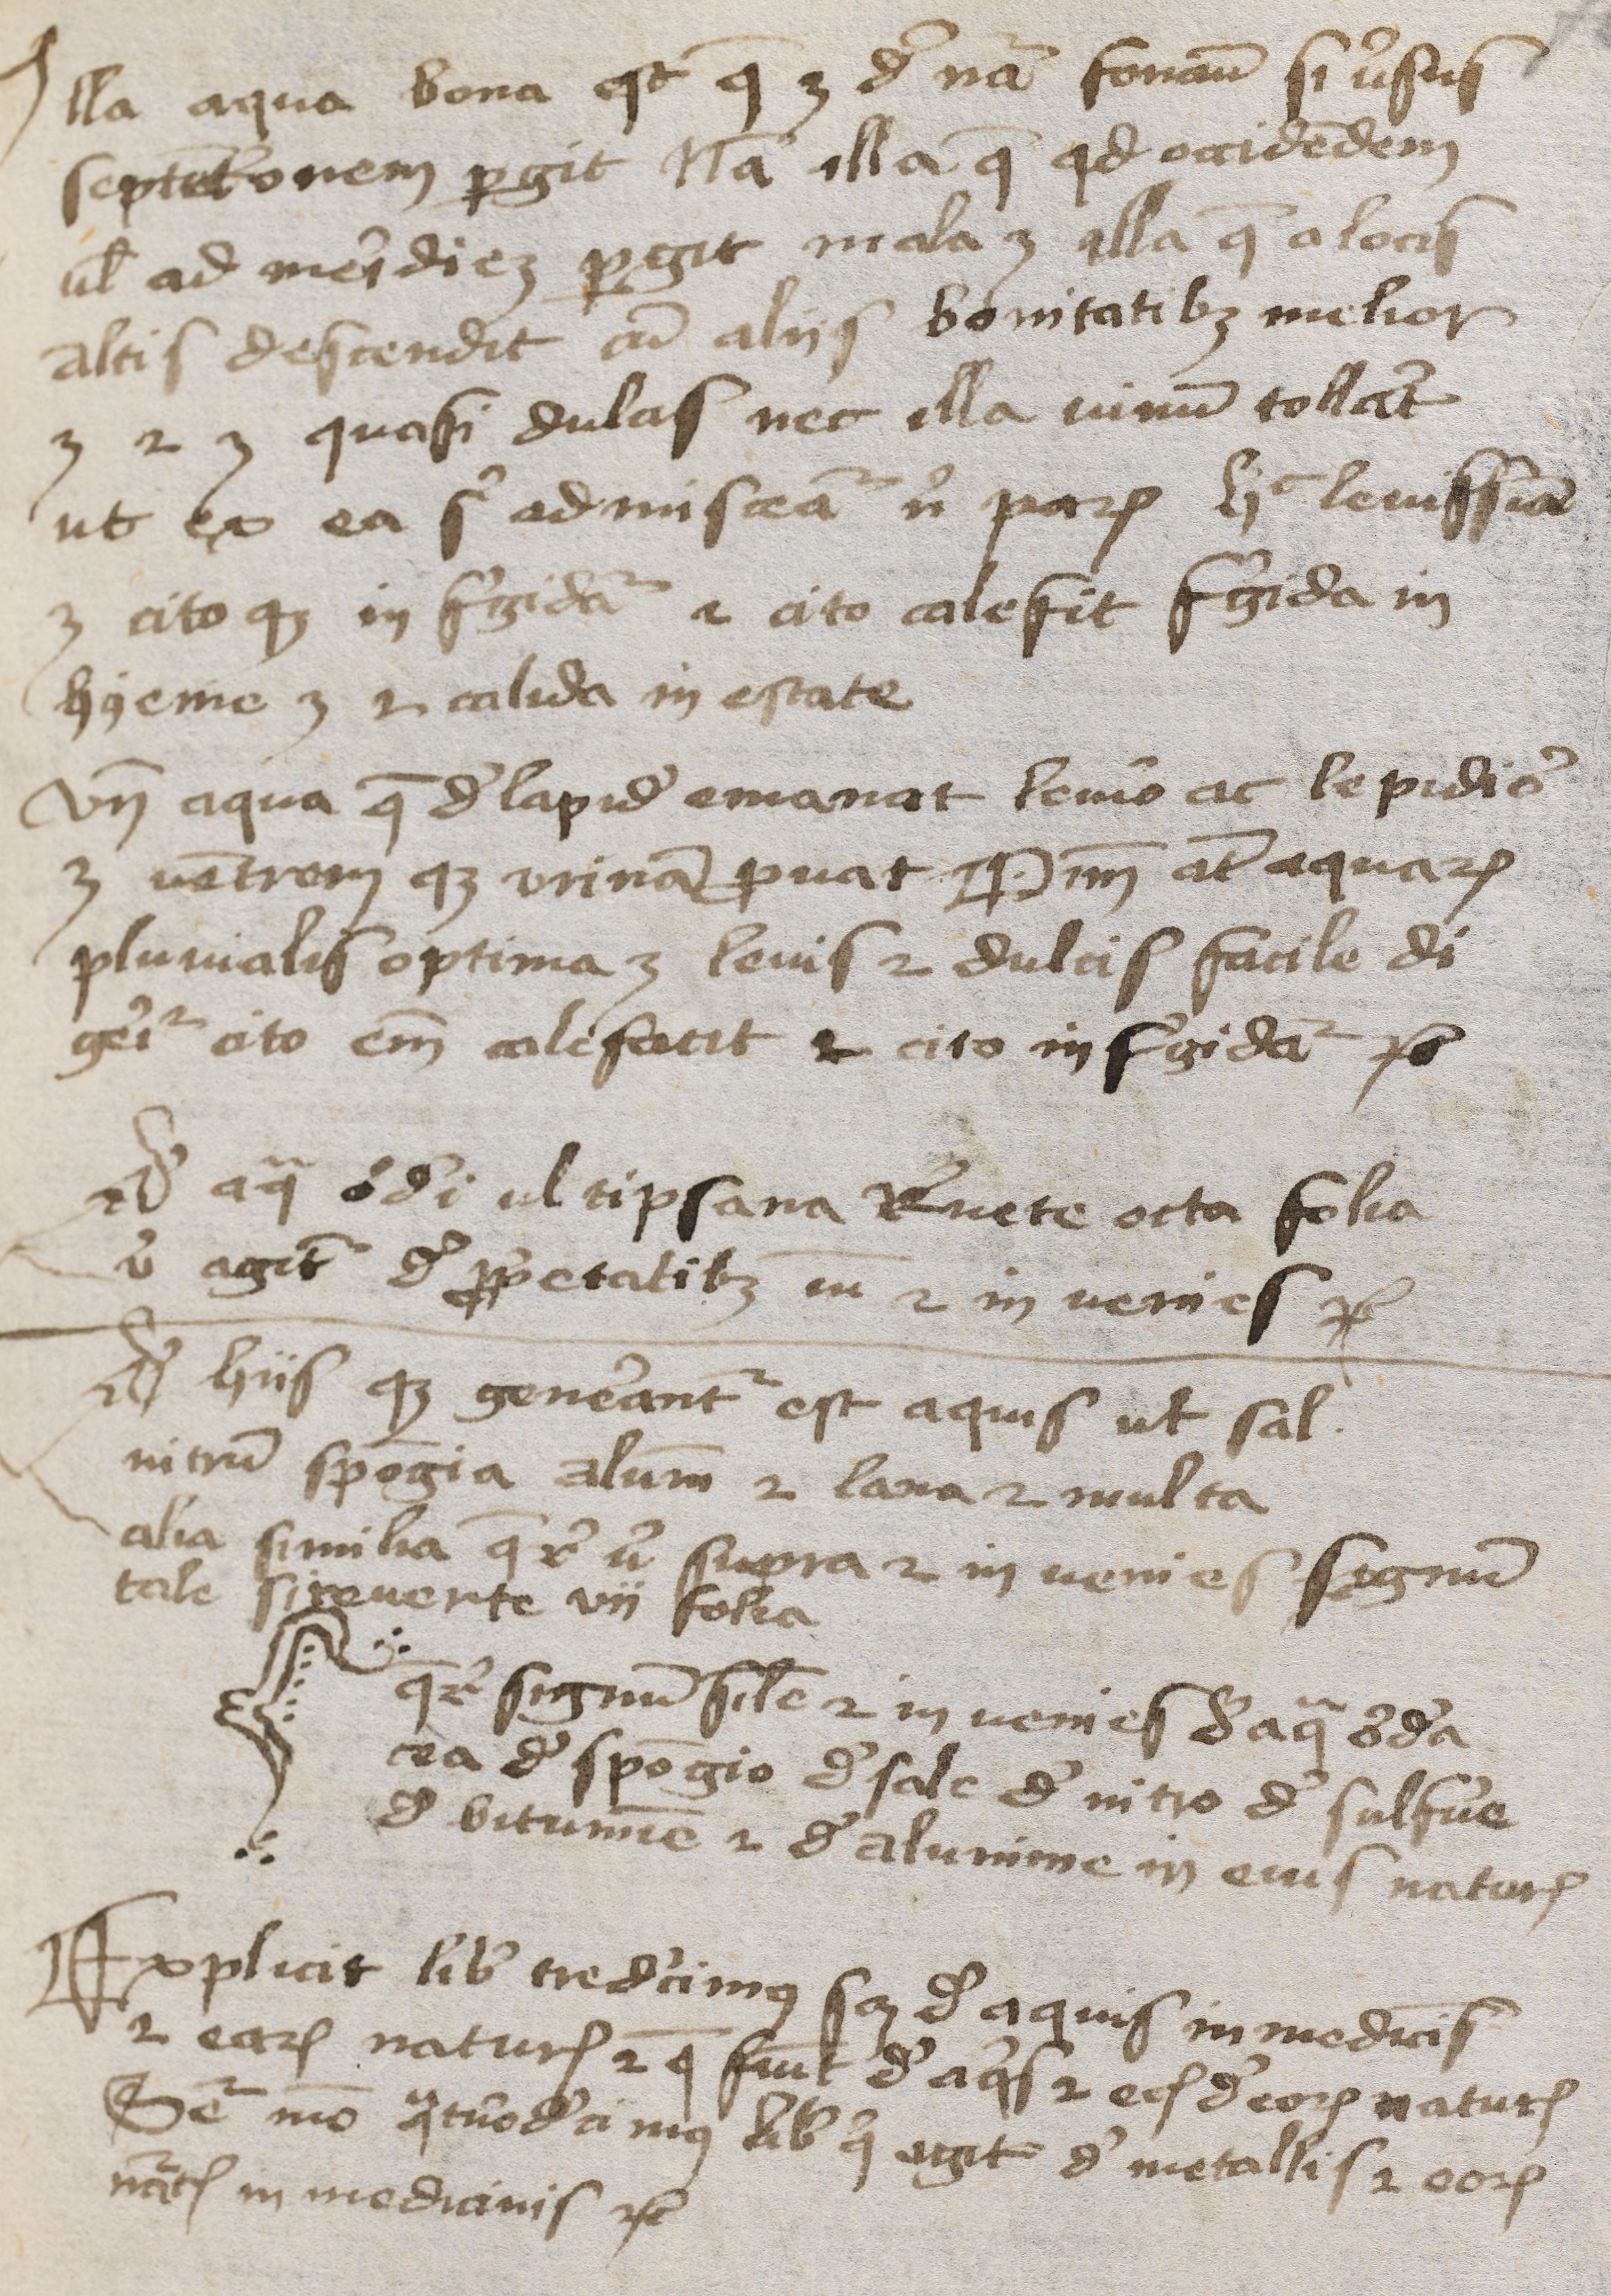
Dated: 1400–1424